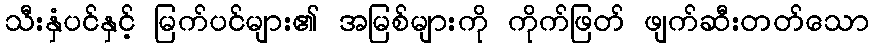
သီးနှံပင်နှင့် မြက်ပင်များ၏ အမြစ်များကို ကိုက်ဖြတ် ဖျက်ဆီးတတ်သော